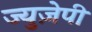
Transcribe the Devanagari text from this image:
ज्युज़ेपी